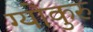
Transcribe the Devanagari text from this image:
ग्योकुरु